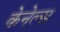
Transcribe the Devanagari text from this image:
केनेल्स